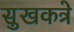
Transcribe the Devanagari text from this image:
सुखकत्रे